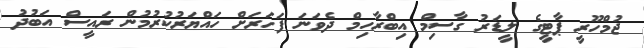
ޖުމްހޫރީ ޕާޓީގެ ލީޑަރު ގާސިމް އިބްރާހިމް ދެވަނަ ފަހަރަށް ހައްޔަރުކުރުމުން ރައީސް އަބުދު